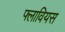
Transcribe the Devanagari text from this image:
फ्लावियस